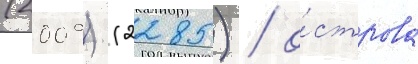
(2009) (2285) / о́строва